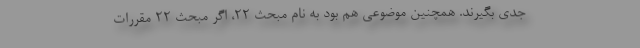
جدی بگیرند. همچنین موضوعی هم بود به نام مبحث ٢٢، اگر مبحث ٢٢ مقررات